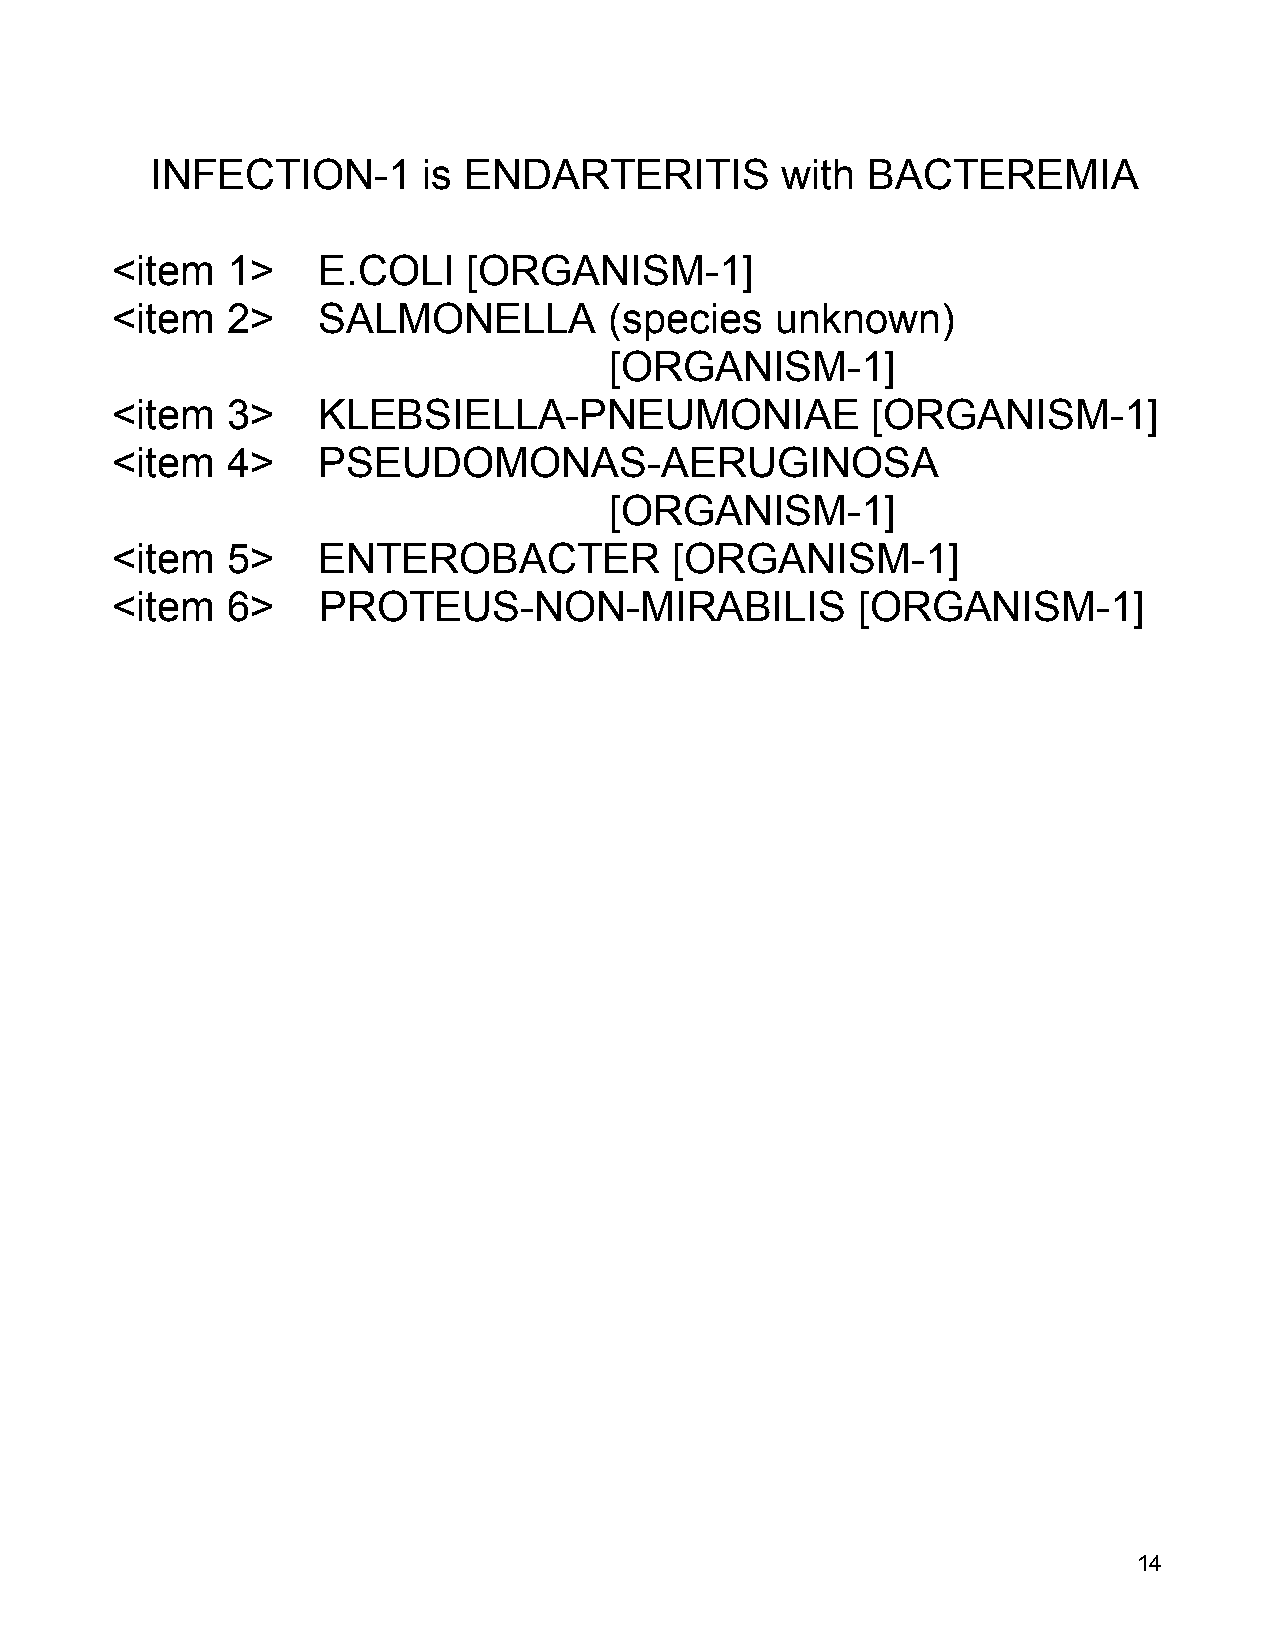
INFECTION-1       is ENDARTERITIS         with BACTEREMIA
 <item   1>    E.COLI    [ORGANISM-1]
 <item   2>    SALMONELLA         (species   unknown)
 [ORGANISM-1]
 <item   3>    KLEBSIELLA-PNEUMONIAE                [ORGANISM-1]
 <item   4>    PSEUDOMONAS-AERUGINOSA
 [ORGANISM-1]
 <item   5>    ENTEROBACTER            [ORGANISM-1]
 <item   6>    PROTEUS-NON-MIRABILIS               [ORGANISM-1]
 14